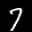
Label: 7